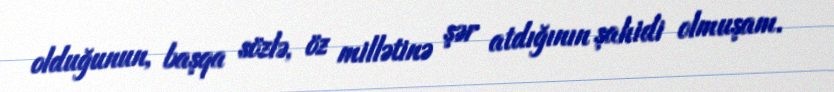
olduğunun, başqa sözlə, öz millətinə şər atdığının şahidi olmuşam.